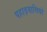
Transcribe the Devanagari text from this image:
पहाड़वासियों